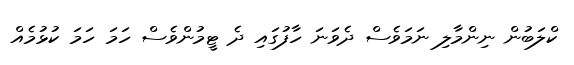
ކްލަބުން ނިންމާލި ނަމަވެސް ދެވަނަ ހާފުގައި ދެ ޓީމުންވެސް ހަމަ ހަމަ ކުޅުމެއް